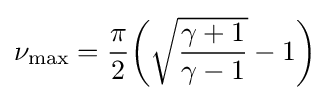
\nu _{\text{max}}={\frac {\pi }{2}}{\bigg (}{\sqrt {\frac {\gamma +1}{\gamma -1}}}-1{\bigg )}